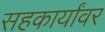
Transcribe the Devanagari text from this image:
सहकार्यांवर